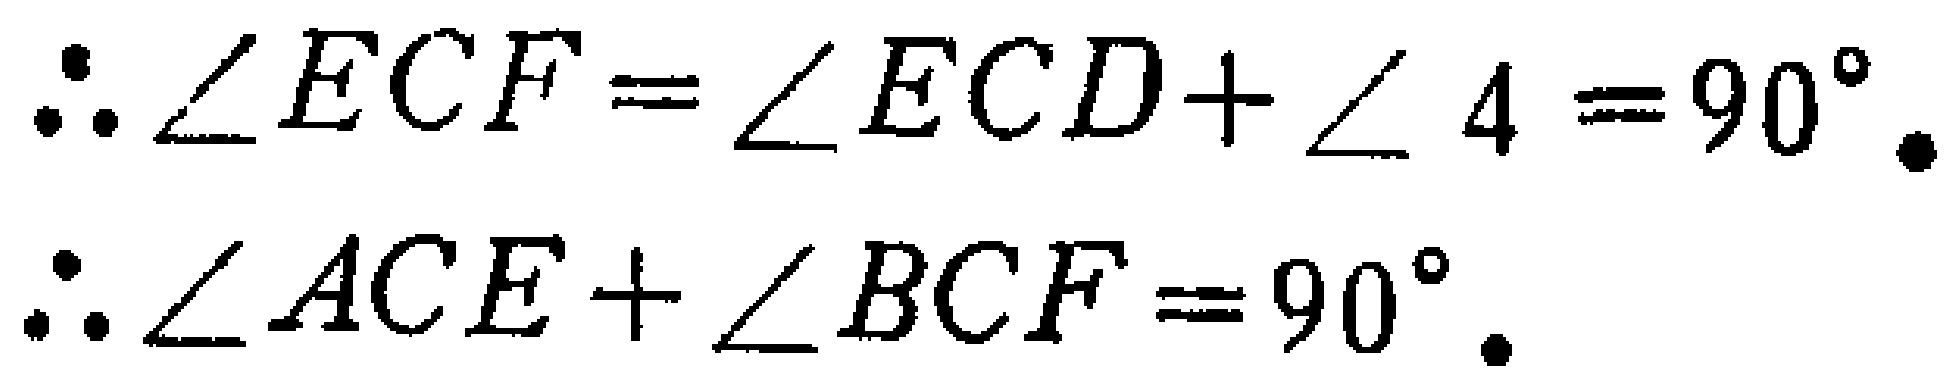
\[\therefore \angle ECF = \angle ECD+\angle 4 = 90^{\circ}.\]
\[\therefore \angle ACE+\angle BCF = 90^{\circ}.\]